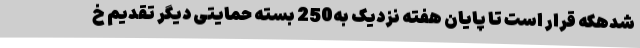
شدهکه قرار است تا پایان هفته نزدیک به250 بسته حمایتی دیگر تقدیم خ